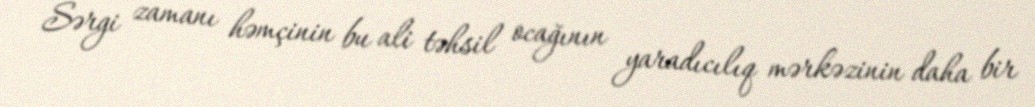
Sərgi zamanı həmçinin bu ali təhsil ocağının yaradıcılıq mərkəzinin daha bir